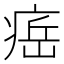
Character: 𤷝